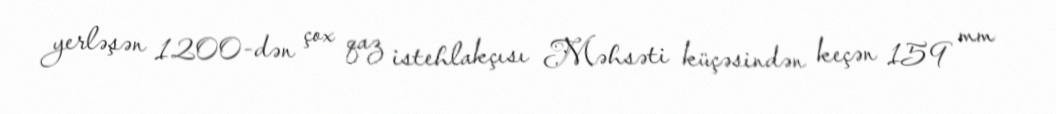
yerləşən 1200-dən çox qaz istehlakçısı Məhsəti küçəsindən keçən 159 mm